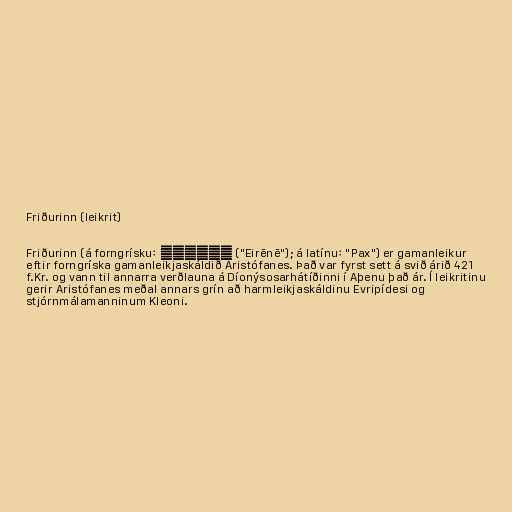
Friðurinn (leikrit)

Friðurinn (á forngrísku: Εἰρήνη ("Eirēnē"); á latínu: "Pax") er gamanleikur
eftir forngríska gamanleikjaskáldið Aristófanes. Það var fyrst sett á svið árið 421
f.Kr. og vann til annarra verðlauna á Díonýsosarhátíðinni í Aþenu það ár. Í leikritinu
gerir Aristófanes meðal annars grín að harmleikjaskáldinu Evripídesi og
stjórnmálamanninum Kleoni.